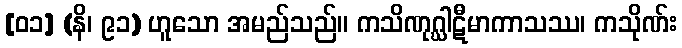
[၀၁] (နိ၊ ၉၁) ဟူသော အမည်သည်။ ကသိဏုဂ္ဃါဋီမာကာသဿ၊ ကသိုဏ်း